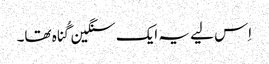
‏ اِس لیے یہ ایک سنگین گُناہ تھا۔